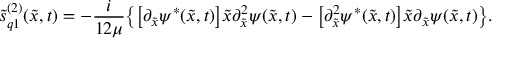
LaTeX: \tilde { s } _ { q 1 } ^ { ( 2 ) } ( \tilde { x } , t ) = - \frac { i } { 1 2 \mu } \bigl \{ \bigl [ \partial _ { \tilde { x } } \psi ^ { * } ( \tilde { x } , t ) \bigr ] \tilde { x } \partial _ { \tilde { x } } ^ { 2 } \psi ( \tilde { x } , t ) - \bigl [ \partial _ { \tilde { x } } ^ { 2 } \psi ^ { * } ( \tilde { x } , t ) \bigr ] \tilde { x } \partial _ { \tilde { x } } \psi ( \tilde { x } , t ) \bigr \} .